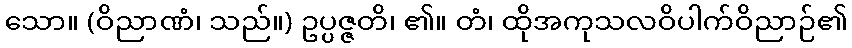
သော။ (ဝိညာဏံ၊ သည်။) ဥပ္ပဇ္ဇတိ၊ ၏။ တံ၊ ထိုအကုသလဝိပါက်ဝိညာဉ်၏